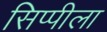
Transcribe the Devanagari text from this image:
सिप्पीला